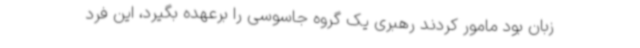
زبان بود مامور کردند رهبری یک گروه جاسوسی را برعهده بگیرد، این فرد